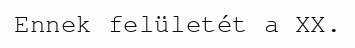
Ennek felületét a XX.